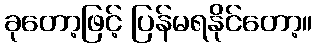
ခုတော့ဖြင့် ပြန်မရနိုင်တော့။